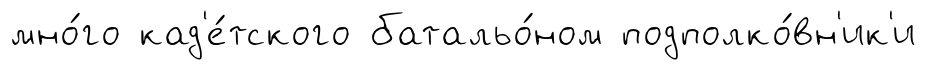
мно́го кад'е́тского батальо́ном подполко́вн'ик'и